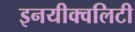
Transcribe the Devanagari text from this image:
इनयीक्वलिटी